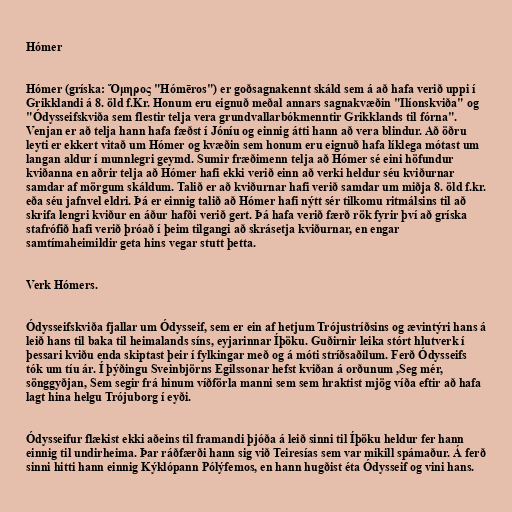
Hómer

Hómer (gríska: Ὅμηρος "Hómēros") er goðsagnakennt skáld sem á að hafa verið uppi í
Grikklandi á 8. öld f.Kr. Honum eru eignuð meðal annars sagnakvæðin "Ilíonskviða" og
"Ódysseifskviða sem flestir telja vera grundvallarbókmenntir Grikklands til fórna".
Venjan er að telja hann hafa fæðst í Jóníu og einnig átti hann að vera blindur. Að öðru
leyti er ekkert vitað um Hómer og kvæðin sem honum eru eignuð hafa líklega mótast um
langan aldur í munnlegri geymd. Sumir fræðimenn telja að Hómer sé eini höfundur
kviðanna en aðrir telja að Hómer hafi ekki verið einn að verki heldur séu kviðurnar
samdar af mörgum skáldum. Talið er að kviðurnar hafi verið samdar um miðja 8. öld f.kr.
eða séu jafnvel eldri. Þá er einnig talið að Hómer hafi nýtt sér tilkomu ritmálsins til að
skrifa lengri kviður en áður hafði verið gert. Þá hafa verið færð rök fyrir því að gríska
stafrófið hafi verið þróað í þeim tilgangi að skrásetja kviðurnar, en engar
samtímaheimildir geta hins vegar stutt þetta.

Verk Hómers.

Ódysseifskviða fjallar um Ódysseif, sem er ein af hetjum Trójustríðsins og ævintýri hans á
leið hans til baka til heimalands síns, eyjarinnar Íþöku. Guðirnir leika stórt hlutverk í
þessari kviðu enda skiptast þeir í fylkingar með og á móti stríðsaðilum. Ferð Ódysseifs
tók um tíu ár. Í þýðingu Sveinbjörns Egilssonar hefst kviðan á orðunum ,Seg mér,
sönggyðjan, Sem segir frá hinum víðförla manni sem sem hraktist mjög víða eftir að hafa
lagt hina helgu Trójuborg í eyði.

Ódysseifur flækist ekki aðeins til framandi þjóða á leið sinni til Íþöku heldur fer hann
einnig til undirheima. Þar ráðfærði hann sig við Teiresías sem var mikill spámaður. Á ferð
sinni hitti hann einnig Kýklópann Pólýfemos, en hann hugðist éta Ódysseif og vini hans.